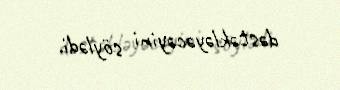
dəstəkləyəcəyini söylədi.